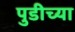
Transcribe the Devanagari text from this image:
पुडीच्या